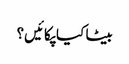
بیٹا کیا پکائیں؟